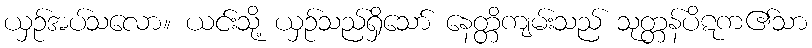
ယှဉ်အပ်သလော။ ယင်းသို့ ယှဉ်သည်ရှိသော် နေတ္တိကျမ်းသည် သုတ္တန်ပိဋက၏သာ